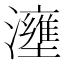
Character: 𤃟